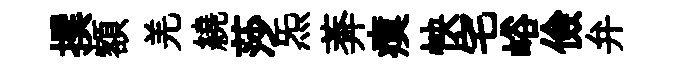
撰額羌繞莎炁莾瘼怏宅峪儉弁